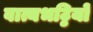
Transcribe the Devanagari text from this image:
वात्यभट्ठियों